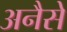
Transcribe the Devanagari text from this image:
अनैसे